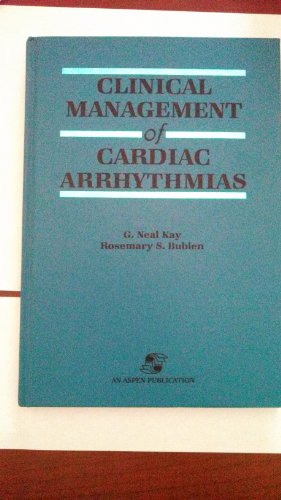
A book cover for Clinical Management of Cardiac Arrhythmias (Aspen Series in Cardiovascular Nursing); G. Neal Kay; Medical Books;